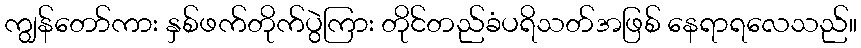
ကျွန်တော်ကား နှစ်ဖက်တိုက်ပွဲကြား တိုင်တည်ခံပရိသတ်အဖြစ် နေရာရလေသည်။